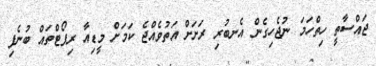
ޖައްސާތީ ހިތްހަމަ ނުޖެހިގެން އެނބުރި ރަށަށް އަތުވެއްޖެ ކަމަށް މީޑިއާ ރިޕޯޓްތައް ބުނެފި